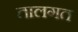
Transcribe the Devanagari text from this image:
तालगत